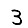
Digit: 3